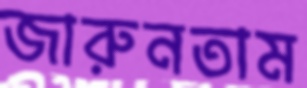
জারুনতাম